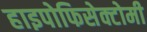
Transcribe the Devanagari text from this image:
हाइपोफिसेक्टोमी